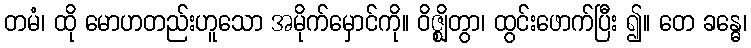
တမံ၊ ထို မောဟတည်းဟူသော အမိုက်မှောင်ကို။ ဝိဇ္ဈိတွာ၊ ထွင်းဖောက်ပြီး ၍။ တေ ခန္ဓေ၊